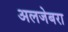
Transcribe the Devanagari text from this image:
अलजेबरा